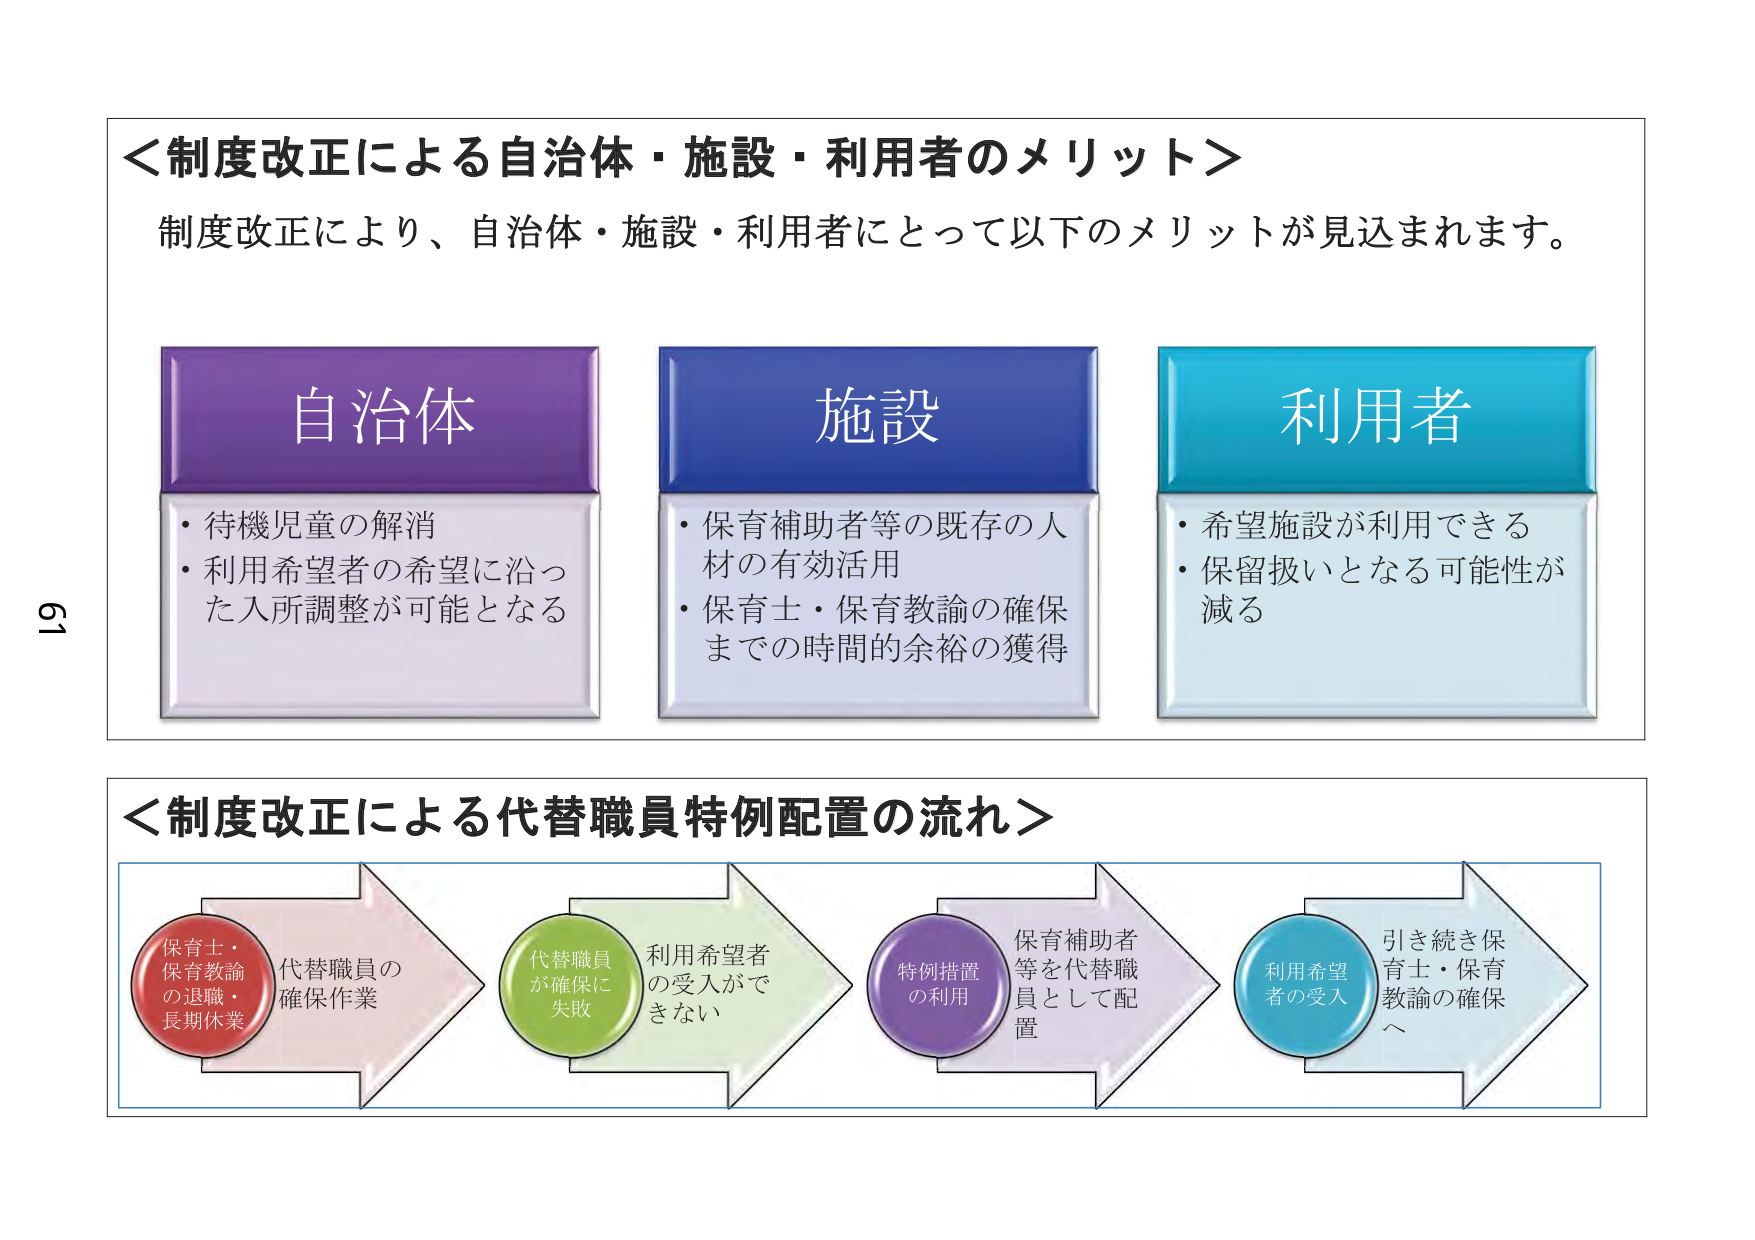
＜制度改正による自治体・施設・利用者のメリット＞
制度改正により、自治体・施設・利用者にとって以下のメリットが見込まれます。

自治体
・待機児童の解消
・利用希望者の希望に沿った入所調整が可能となる

施設
・保育補助者等の既存の人材の有効活用
・保育士・保育教諭の確保までの時間的余裕の獲得

利用者
・希望施設が利用できる
・保留扱いとなる可能性が減る

＜制度改正による代替職員特例配置の流れ＞
保育士・保育教諭の退職・長期休業 → 代替職員の確保作業 → 代替職員が確保に失敗 → 利用希望者の受入ができない → 特例措置の利用 → 保育補助者等を代替職員として配置 → 利用希望者の受入 → 引き続き保育士・保育教諭の確保へ

61